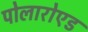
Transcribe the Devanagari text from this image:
पोलारोएड